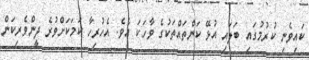
ކައިވެނި ކުރުމުގައި ބަލައި އުޅޭ ކަންތައްތަކުގެ ވާހަކަ އެވެ. އެހުރިހާ ކަމަކަށްވުރެ ދީންވެރިކަން